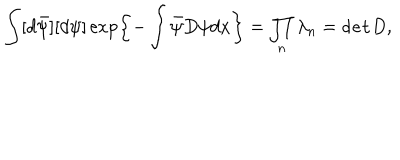
LaTeX: \int [ d \bar { \psi } ] [ d \psi ] \exp \left\{ - \int \bar { \psi } D \psi d x \right\} = \prod _ { n } \lambda _ { n } = { \tt d e t } D ,